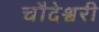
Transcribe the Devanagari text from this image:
चौदेश्वरी